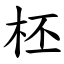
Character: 柸